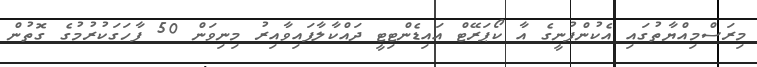
މިރަސްމިއްޔާތުގައި އެކުންފުނީގެ އާ ކޯޕަރޭޓް އައިޑެންޓިޓީ ދައްކާލާފައިވާއިރު މިނިވަން 50 ފާހަގަކުރުމުގެ ގޮތުން